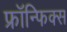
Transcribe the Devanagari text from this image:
फ्रॉन्फिक्स